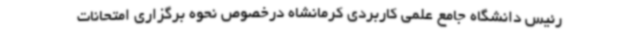
رئیس دانشگاه جامع علمی کاربردی کرمانشاه درخصوص نحوه برگزاری امتحانات